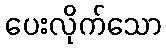
ပေးလိုက်သော